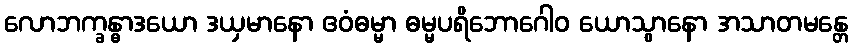
လောဘက္ခန္ဓာဒယော ဒယှမာနော ဧဝံဓမ္မာ ဓမ္မပရိဘောဂေါဝ ယောသွာနော အသာတမန္တေ